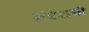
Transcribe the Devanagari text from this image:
संवेदाची